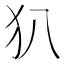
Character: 𤜞